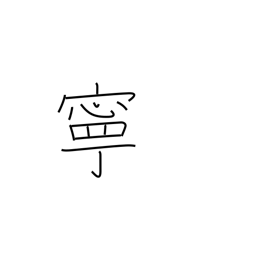
Meaning: preferably